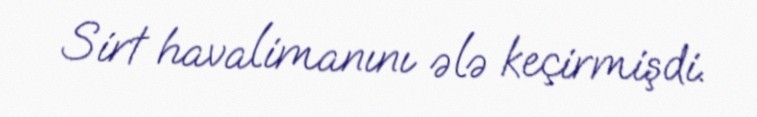
Sirt havalimanını ələ keçirmişdi.